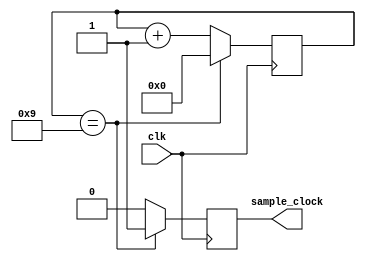
module clock_devide(clk,sample_clock);

	input clk;
	reg [39:0] counter=40'd0;
	output reg sample_clock=1'd0;

	always@(posedge clk)
		begin
			if (counter==40'd9) // generate 1mhz frequency from 50mhz internal oscillator
				begin
					counter=40'd0;
					sample_clock=1'b1;
				end
			else
				begin
					counter=counter +40'd1;
					sample_clock=1'b0;
				end
		end
endmodule